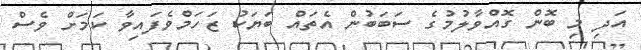
އަދި މި ބޮން ގޮއްވާލުމުގެ ސަބަބުން އެތައް ބަޔަކު ޒަހަމްވެފައިވާ ކަމަށް ވެސް